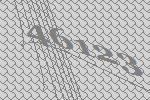
46123